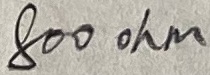
Text: 800ohm